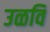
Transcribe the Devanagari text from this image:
उळवि